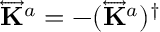
\overleftrightarrow { \mathbf { K } } ^ { a } = - ( \overleftrightarrow { \mathbf { K } } ^ { a } ) ^ { \dag }